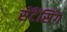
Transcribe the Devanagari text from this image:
सेंटेंसिंग